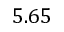
5 . 6 5